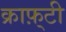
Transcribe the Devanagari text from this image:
क्राफ़्टी